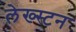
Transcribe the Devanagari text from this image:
लेख्स्टन